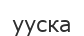
ууска